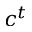
c ^ { t }